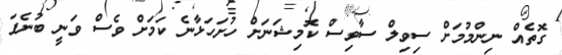
ގޮތެއް ނިންމުމަށް ސިވިލް ސާވިސް ކޮމިޝަނަށް ހުށަހަޅާނެ ކަމަށް ވެސް ވަނީ ބުނެފަ